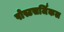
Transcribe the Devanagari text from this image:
पोस्टसर्जिकल